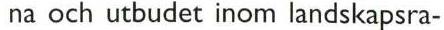
na och utbudet inom landskapsra-